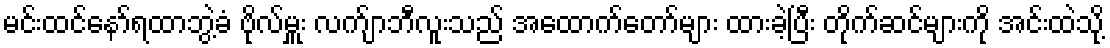
မင်းထင်နော်ရထာဘွဲ့ခံ ဗိုလ်မှူး လက်ျာဘီလူးသည် အထောက်တော်များ ထားခဲ့ပြီး တိုက်ဆင်များကို အင်းထဲသို့